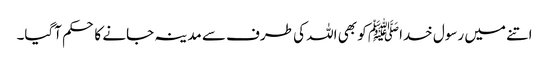
اتنے میں رسول خداﷺ کو بھی اللہ کی طرف سے مدینہ جانے کا حکم آگیا۔